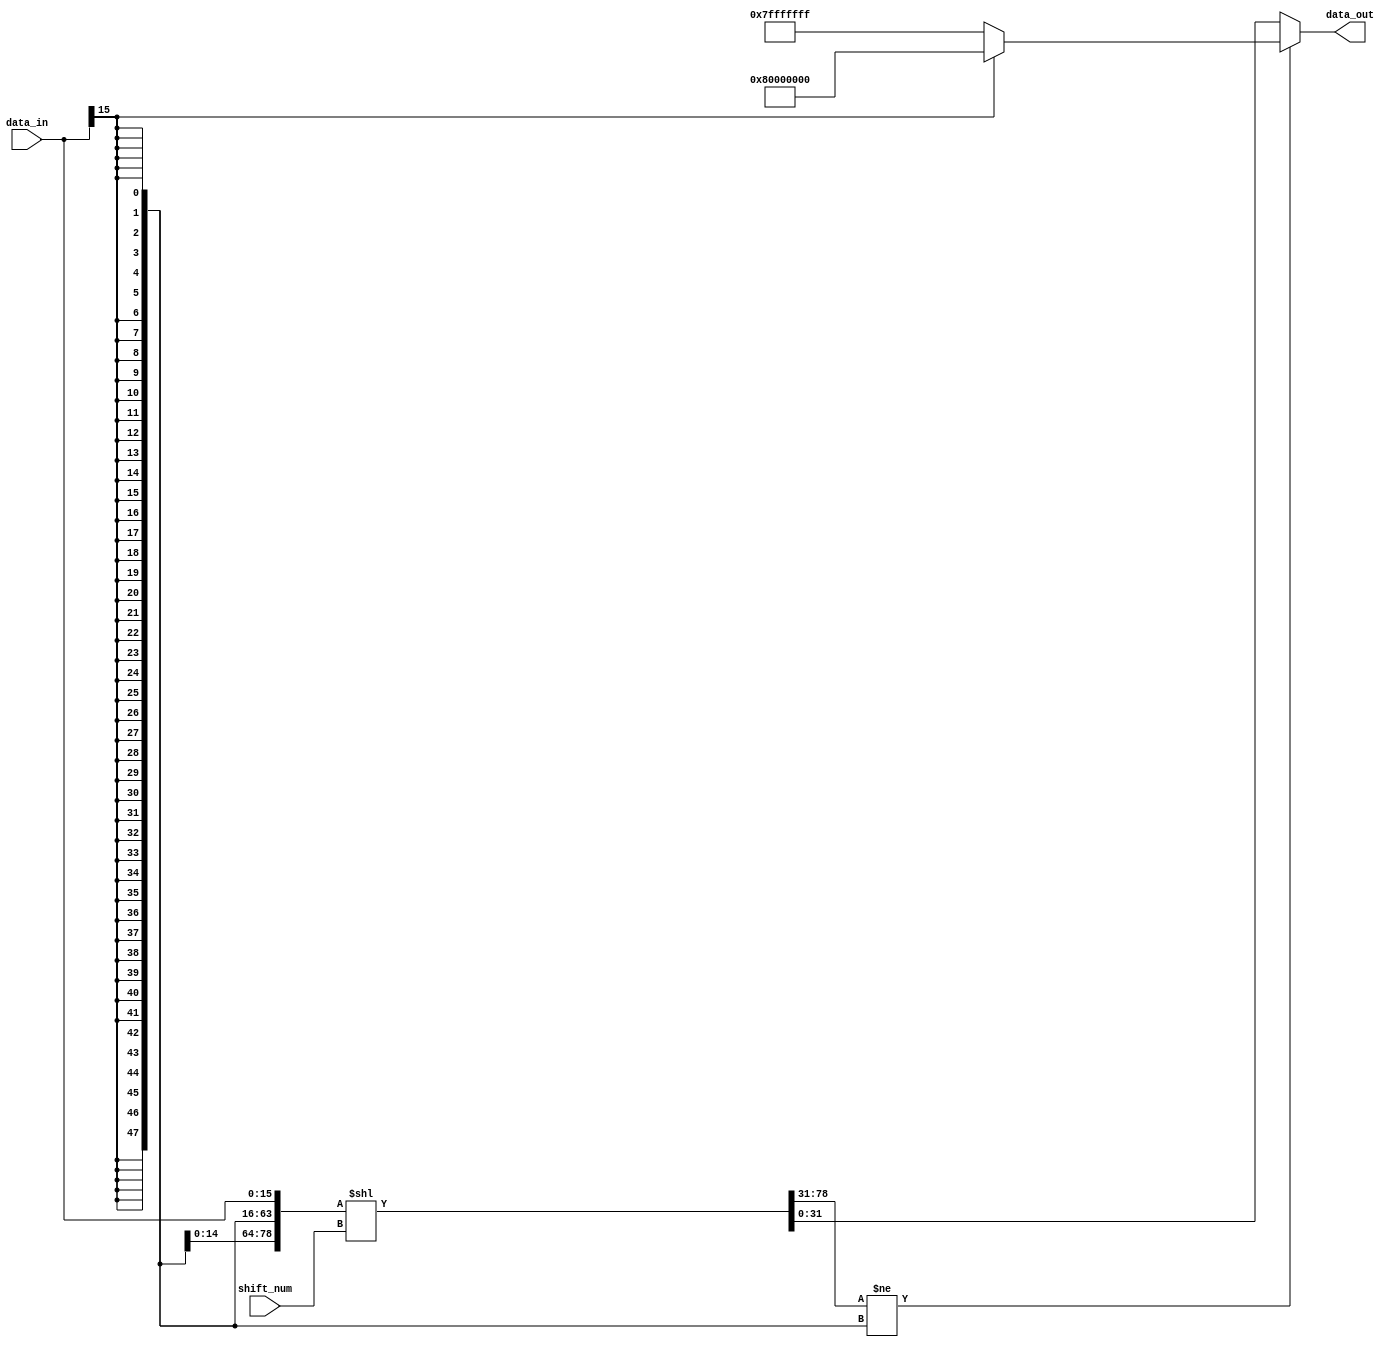
// ================================================================
// NVDLA Open Source Project
//
// Copyright(c) 2016 - 2017 NVIDIA Corporation. Licensed under the
// NVDLA Open Hardware License; Check "LICENSE" which comes with
// this distribution for more information.
// ================================================================
module NV_NVDLA_HLS_shiftleftsu (
   data_in
  ,shift_num
  ,data_out
  );
parameter IN_WIDTH = 16;
parameter OUT_WIDTH = 32;
parameter SHIFT_WIDTH = 6;
parameter SHIFT_MAX = (1<<SHIFT_WIDTH)-1;
parameter HIGH_WIDTH = SHIFT_MAX+IN_WIDTH-OUT_WIDTH;
input [IN_WIDTH-1:0] data_in;
input [SHIFT_WIDTH-1:0] shift_num;
output [OUT_WIDTH-1:0] data_out;
wire [HIGH_WIDTH-1:0] data_high;
wire [OUT_WIDTH-1:0] data_shift;
wire [OUT_WIDTH-1:0] data_max;
wire data_sign;
wire left_shift_sat;
// synoff nets
// monitor nets
// debug nets
// tie high nets
// tie low nets
// no connect nets
// not all bits used nets
// todo nets
assign data_sign = data_in[IN_WIDTH-1];
assign {data_high[((HIGH_WIDTH) - 1):0],data_shift[((OUT_WIDTH) - 1):0]} = {{SHIFT_MAX{data_sign}},data_in} << shift_num[((SHIFT_WIDTH) - 1):0];
assign left_shift_sat = {data_high[((HIGH_WIDTH) - 1):0],data_shift[OUT_WIDTH-1]} != {(HIGH_WIDTH+1){data_sign}};
assign data_max = data_sign ? {1'b1, {(OUT_WIDTH-1){1'b0}}} : ~{1'b1, {(OUT_WIDTH-1){1'b0}}};
assign data_out = left_shift_sat ? data_max : data_shift;
endmodule // NV_NVDLA_HLS_shiftleftsu